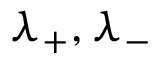
\lambda _ { + } , \lambda _ { - }